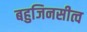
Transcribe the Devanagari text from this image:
बहुजिनसीत्व